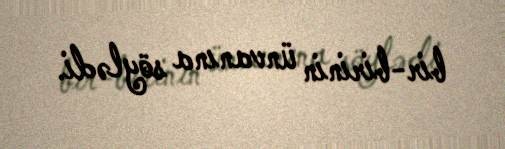
bir-birinin ünvanına söylədi.